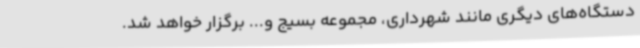
دستگاه‌های دیگری مانند شهرداری، مجموعه بسیج و... برگزار خواهد شد.